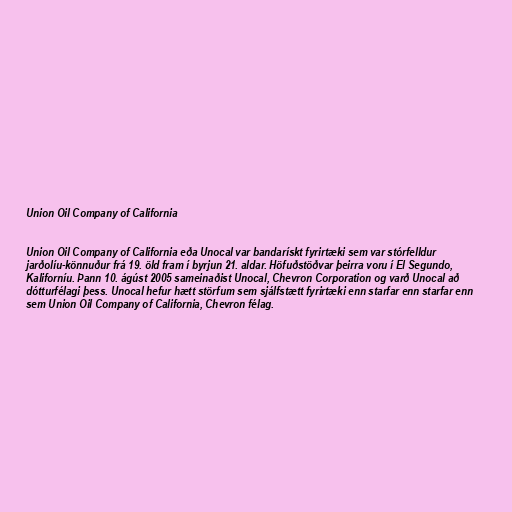
Union Oil Company of California

Union Oil Company of California eða Unocal var bandarískt fyrirtæki sem var stórfelldur
jarðolíu-könnuður frá 19. öld fram í byrjun 21. aldar. Höfuðstöðvar þeirra voru í El Segundo,
Kaliforníu. Þann 10. ágúst 2005 sameinaðist Unocal, Chevron Corporation og varð Unocal að
dótturfélagi þess. Unocal hefur hætt störfum sem sjálfstætt fyrirtæki enn starfar enn starfar enn
sem Union Oil Company of California, Chevron félag.